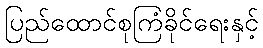
ပြည်ထောင်စုကြံခိုင်ရေးနှင့်